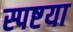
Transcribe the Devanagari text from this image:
स्पष्टया